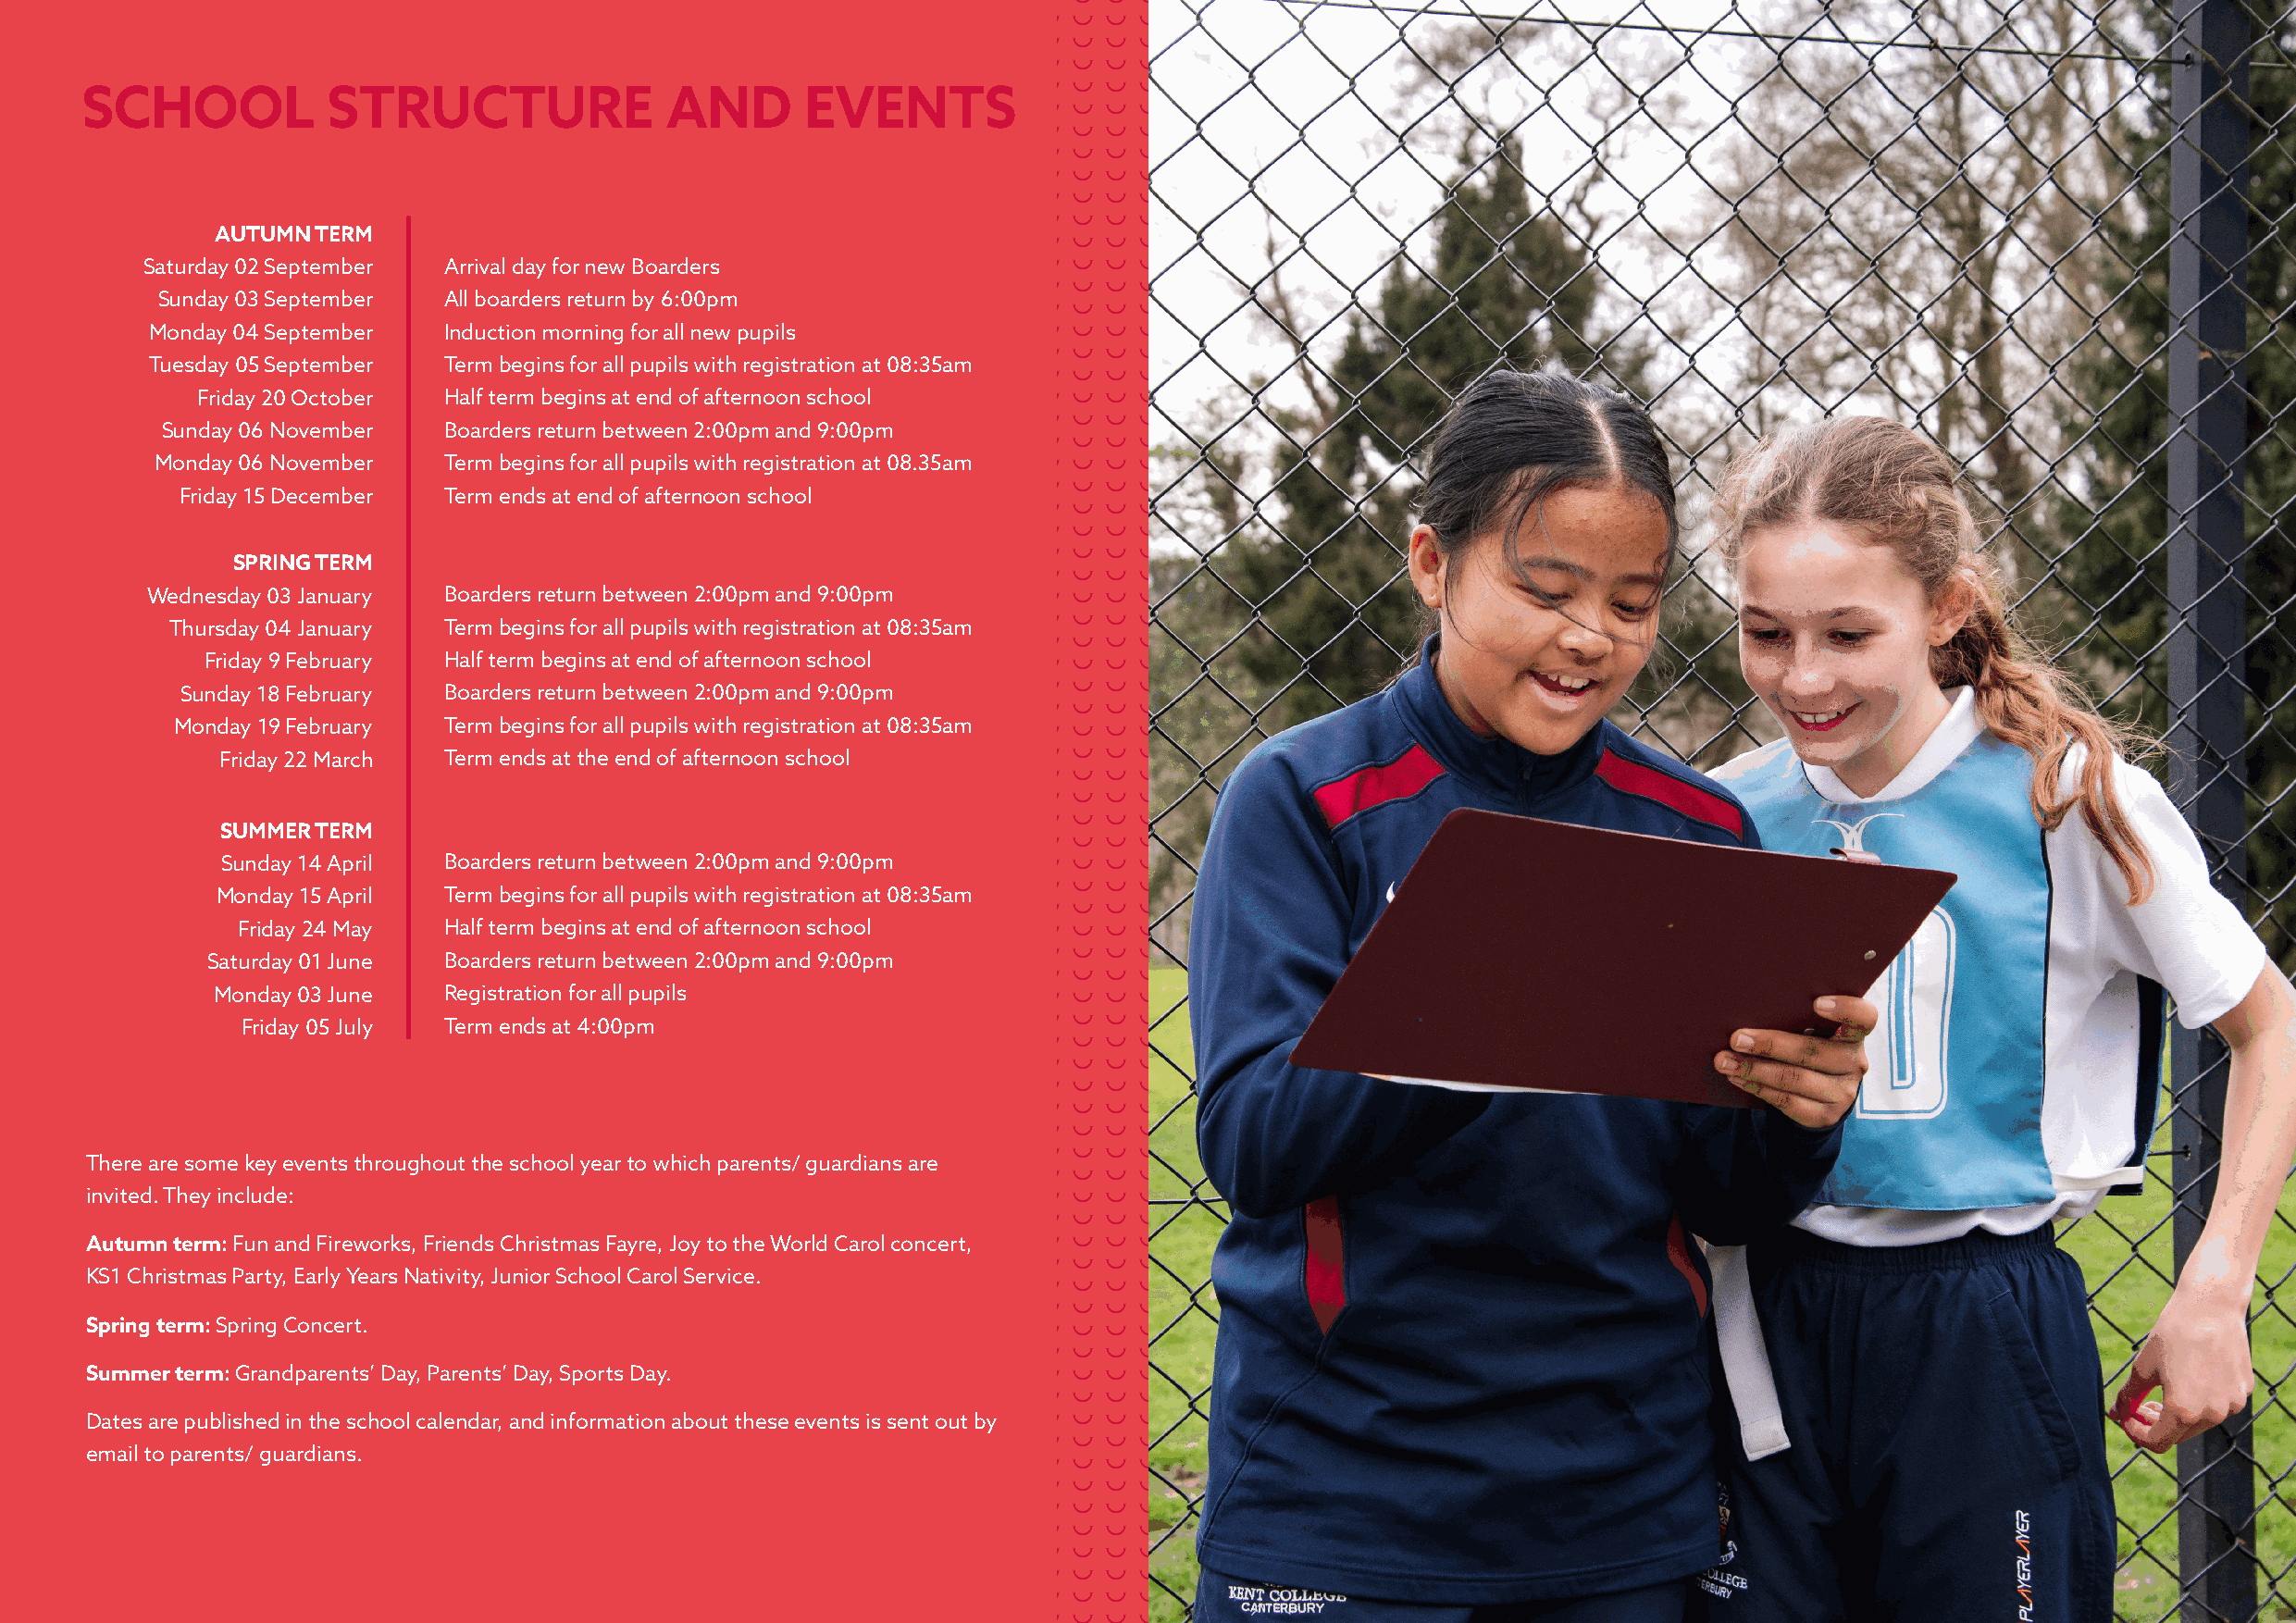
SCHOOL           STRUCTURE                AND       EVENTS
 AUTUMN  TERM     Autumn term 2024
 Saturday 02 September Arrival day for new Boarders
 Sunday 03 September  All boarders return by 6:00pm
 Monday 04 September  Induction morning for all new pupils
 Tuesday 05 September Term begins for all pupils with registration at 08:35am
 Friday 20 October Half term begins at end of afternoon school
 Sunday 06 November  Boarders return between 2:00pm and 9:00pm
 Monday 06 November   Term begins for all pupils with registration at 08.35am
 Friday 15 December Term ends at end of afternoon school
 SPRING TERM    Spring term 2024
 Wednesday 03 January Boarders return between 2:00pm and 9:00pm
 Thursday 04 January Term begins for all pupils with registration at 08:35am
 Friday 9 February Half term begins at end of afternoon school
 Sunday 18 February Boarders return between 2:00pm and 9:00pm
 Monday 19 February  Term begins for all pupils with registration at 08:35am
 Friday 22 March Term ends at the end of afternoon school
 SUMMER TERM     Summer Term 2024
 Sunday 14 April Boarders return between 2:00pm and 9:00pm
 Monday 15 April  Term begins for all pupils with registration at 08:35am
 Friday 24 May  Half term begins at end of afternoon school
 Saturday 01 June Boarders return between 2:00pm and 9:00pm
 Monday 03 June   Registration for all pupils
 Friday 05 July Term ends at 4:00pm
 Key events
 There are some key events throughout the school year to which parents/ guardians are
 invited. They include:
 Autumn term: Fun and Fireworks, Friends Christmas Fayre, Joy to the World Carol concert,
 KS1 Christmas Party, Early Years Nativity, Junior School Carol Service.
 Spring term: Spring Concert.
 Summer term: Grandparents’ Day, Parents’ Day, Sports Day.
 Dates are published in the school calendar, and information about these events is sent out by
 email to parents/ guardians.